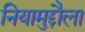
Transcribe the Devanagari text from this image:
नियामुद्दौला